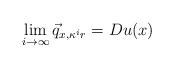
LaTeX: \begin{align*}\lim_{i \to \infty} \vec q_{x,\kappa^i r}=Du(x)\end{align*}